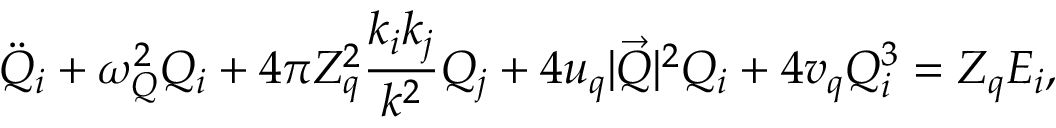
\Ddot { Q } _ { i } + \omega _ { Q } ^ { 2 } Q _ { i } + 4 \pi Z _ { q } ^ { 2 } \frac { k _ { i } k _ { j } } { k ^ { 2 } } Q _ { j } + 4 u _ { q } | \vec { Q } | ^ { 2 } Q _ { i } + 4 v _ { q } Q _ { i } ^ { 3 } = Z _ { q } E _ { i } ,